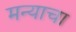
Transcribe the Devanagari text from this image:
मन्याचा